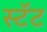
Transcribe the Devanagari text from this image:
स्टॅट